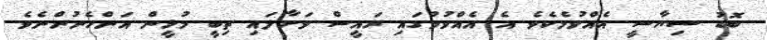
ބޮޑު ސިޔާސީ އެއްވުމެކެވެ. އެ އެއްވުމުގައި ރައީސް ވަށާލައި ތިބީ މުޅީން އަންހެނުންނެވެ.